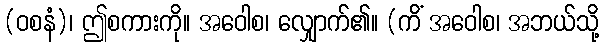
(ဝစနံ)၊ ဤစကားကို။ အဝေါစ၊ လျှောက်၏။ (ကိံ အဝေါစ၊ အဘယ်သို့